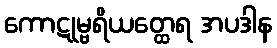
ကောဋုမ္ဗရိယတ္ထေရ အပဒါန